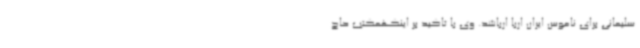
سلیمانی برای ناموس ایران ارباً ارباشد. وی با تاکید بر اینکهمکتب حاج